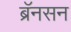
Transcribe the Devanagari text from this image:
ब्रॅनसन